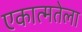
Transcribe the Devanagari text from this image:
एकात्मतेला